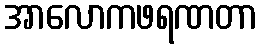
အာလောကဖရဏတာ